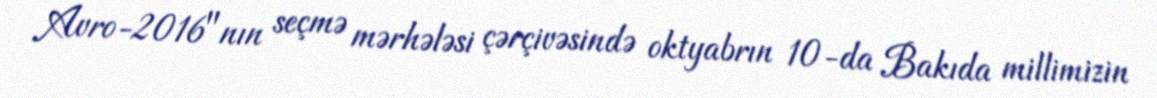
Avro-2016"nın seçmə mərhələsi çərçivəsində oktyabrın 10-da Bakıda millimizin